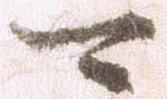
可